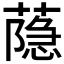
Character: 𦻕